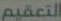
التعقيم